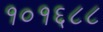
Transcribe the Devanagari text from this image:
१०१६८८